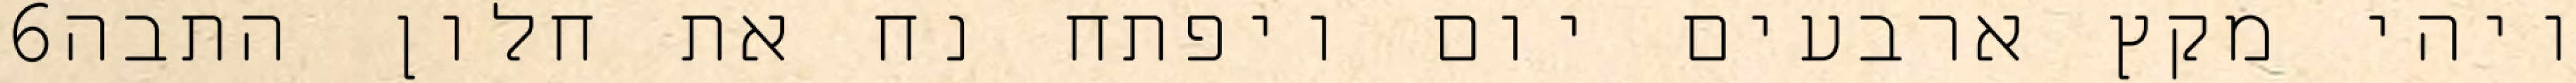
‎6‏ ויהי מקץ ארבעים יום ויפתח נח את חלון התבה